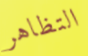
التظاهر